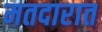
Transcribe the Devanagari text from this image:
मतदारात